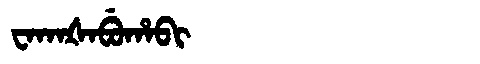
Manchu: ᠸᠠᡴᠠᡧᠠᠪᡠᡥᠠᠪᡳ
Romanization: WAKAŠABUHABI